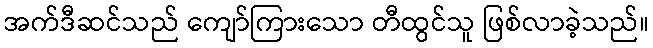
အက်ဒီဆင်သည် ကျော်ကြားသော တီထွင်သူ ဖြစ်လာခဲ့သည်။